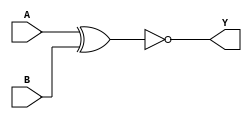
/*
 * Copyright 2020 The SkyWater PDK Authors
 *
 * Licensed under the Apache License, Version 2.0 (the "License");
 * you may not use this file except in compliance with the License.
 * You may obtain a copy of the License at
 *
 *     https://www.apache.org/licenses/LICENSE-2.0
 *
 * Unless required by applicable law or agreed to in writing, software
 * distributed under the License is distributed on an "AS IS" BASIS,
 * WITHOUT WARRANTIES OR CONDITIONS OF ANY KIND, either express or implied.
 * See the License for the specific language governing permissions and
 * limitations under the License.
 *
 * SPDX-License-Identifier: Apache-2.0
*/


`ifndef SKY130_FD_SC_HVL__XNOR2_BEHAVIORAL_V
`define SKY130_FD_SC_HVL__XNOR2_BEHAVIORAL_V

/**
 * xnor2: 2-input exclusive NOR.
 *
 *        Y = !(A ^ B)
 *
 * Verilog simulation functional model.
 */

`timescale 1ns / 1ps
`default_nettype none

`celldefine
module sky130_fd_sc_hvl__xnor2 (
    Y,
    A,
    B
);

    // Module ports
    output Y;
    input  A;
    input  B;

    // Module supplies
    supply1 VPWR;
    supply0 VGND;
    supply1 VPB ;
    supply0 VNB ;

    // Local signals
    wire xnor0_out_Y;

    //   Name   Output       Other arguments
    xnor xnor0 (xnor0_out_Y, A, B           );
    buf  buf0  (Y          , xnor0_out_Y    );

endmodule
`endcelldefine

`default_nettype wire
`endif  // SKY130_FD_SC_HVL__XNOR2_BEHAVIORAL_V